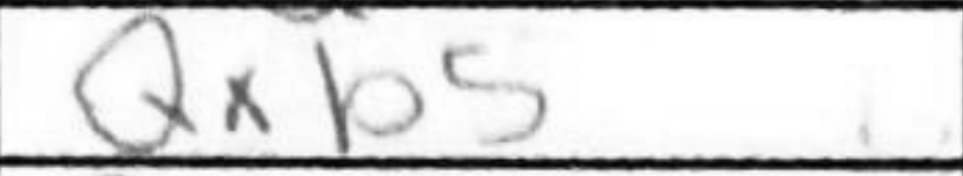
Transcription: Qxb5